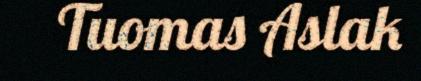
Tuomas Aslak